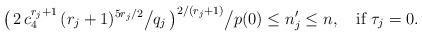
LaTeX: \begin{align*}\big(\,2\,c_4^{r_j+1}\,(r_j+1)^{5r_j/2}\big/q_j\,\big)^{2/(r_j+1)}\big/p(0)\le n_j' \le n, \quad\hbox{if }\tau_j=0.\end{align*}